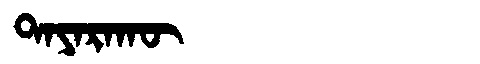
Manchu: ᡨᠠᠶᠠᡵᠠᡴᡡ
Romanization: TAYARAKŪ